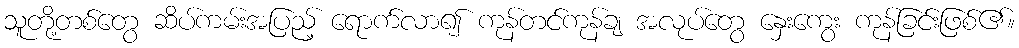
သူတို့တစ်တွေ ဆိပ်ကမ်းအပြည့် ရောက်လာ၍ ကုန်တင်ကုန်ချ အလုပ်တွေ နှေးကွေး ကုန်ခြင်းဖြစ်၏။